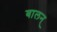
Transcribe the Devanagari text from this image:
बालन्